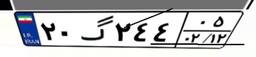
۶۰گ۲۷۴۷۰